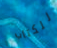
للكتاب